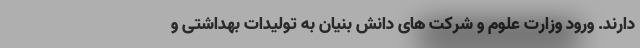
دارند. ورود وزارت علوم و شرکت های دانش بنیان به تولیدات بهداشتی و